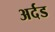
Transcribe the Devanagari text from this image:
अर्दड